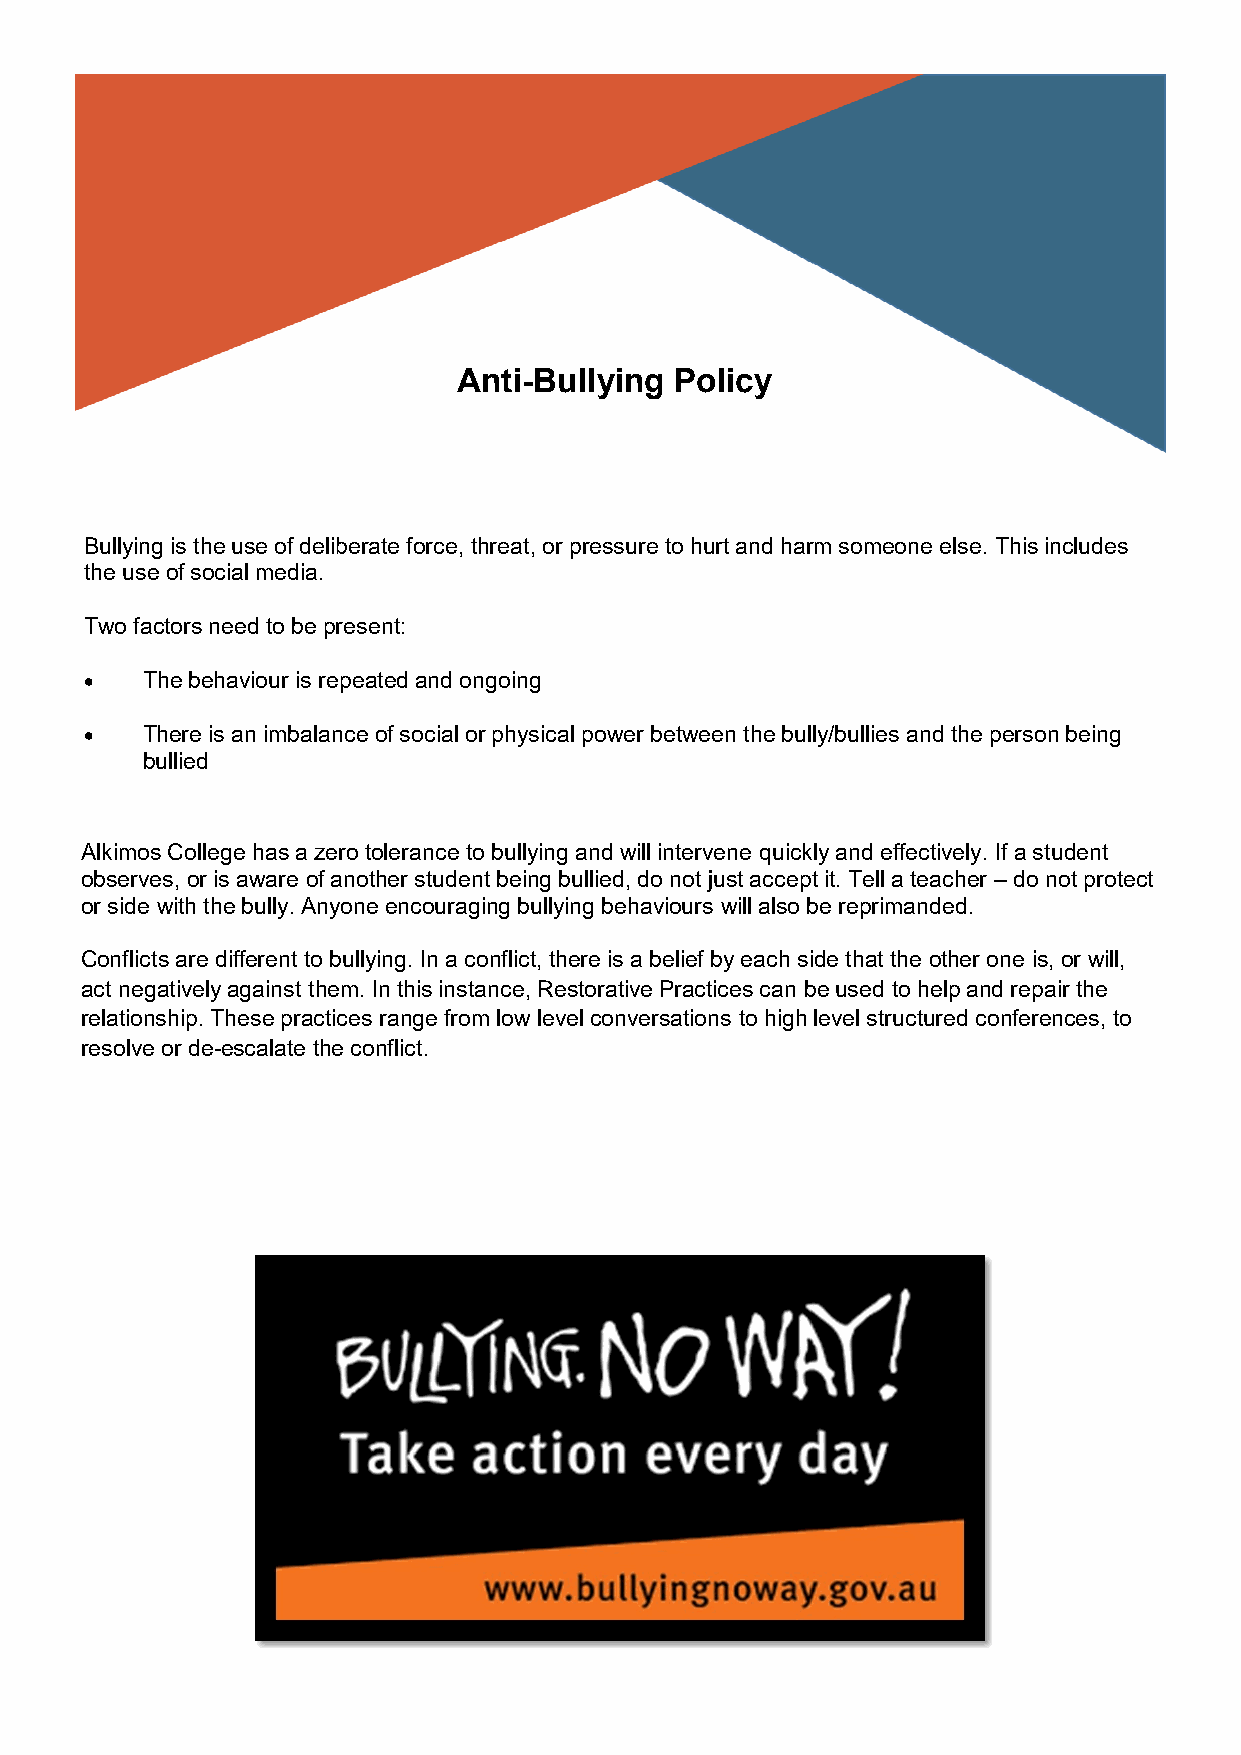
Anti-Bullying  Policy
 Bullying is the use of deliberate force, threat, or pressure to hurt and harm someone else. This includes
 the use of social media.
 Two factors need to be present:
 •  The behaviour is repeated and ongoing
 •  There is an imbalance of social or physical power between the bully/bullies and the person being
 bullied
 Alkimos College has a zero tolerance to bullying and will intervene quickly and effectively. If a student
 observes, or is aware of another student being bullied, do not just accept it. Tell a teacher – do not protect
 or side with the bully. Anyone encouraging bullying behaviours will also be reprimanded.
 Conflicts are different to bullying. In a conflict, there is a belief by each side that the other one is, or will,
 act negatively against them. In this instance, Restorative Practices can be used to help and repair the
 relationship. These practices range from low level conversations to high level structured conferences, to
 resolve or de-escalate the conflict.